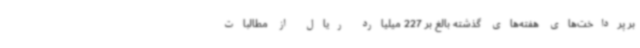
بر پرداخت‌های هفته‌های گذشته بالغ بر 227 میلیارد ریال از مطالبات